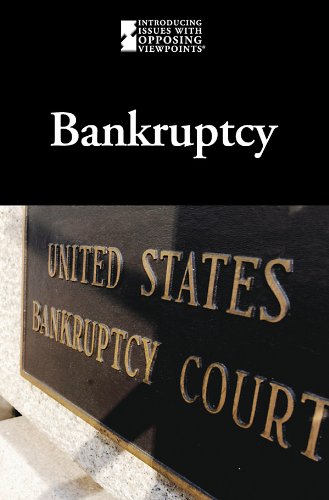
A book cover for Bankruptcy (Introducing Issues With Opposing Viewpoints); Teen & Young Adult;